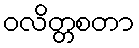
ဝလိတ္တစတာ